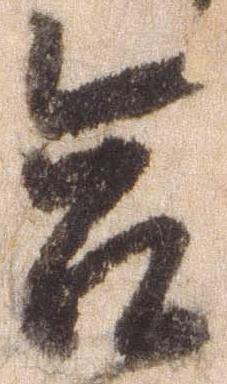
合